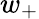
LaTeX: w_{+}